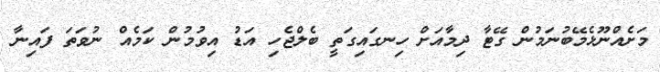
މަށެއްނޫޅެމޭބުނަމުން ގޭޓާ ދިމާއަށް ހިނގައިގަތީ ބެލްޖެހި އަޑު އިވުމުން ކަމެއް ނުވަތަ ފައިނާ